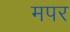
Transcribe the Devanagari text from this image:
मपर